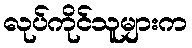
လုပ်ကိုင်သူများက